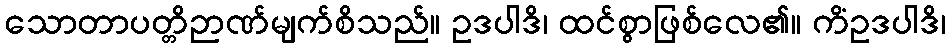
သောတာပတ္တိဉာဏ်မျက်စိသည်။ ဥဒပါဒိ၊ ထင်စွာဖြစ်လေ၏။ ကိံဥဒပါဒိ၊